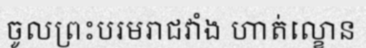
ចូលព្រះបរមរាជវាំង ហាត់ល្ខោន